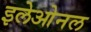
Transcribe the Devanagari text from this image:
इलेओनल